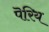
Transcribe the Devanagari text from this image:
पॆरिय